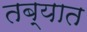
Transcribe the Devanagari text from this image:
तब्यात